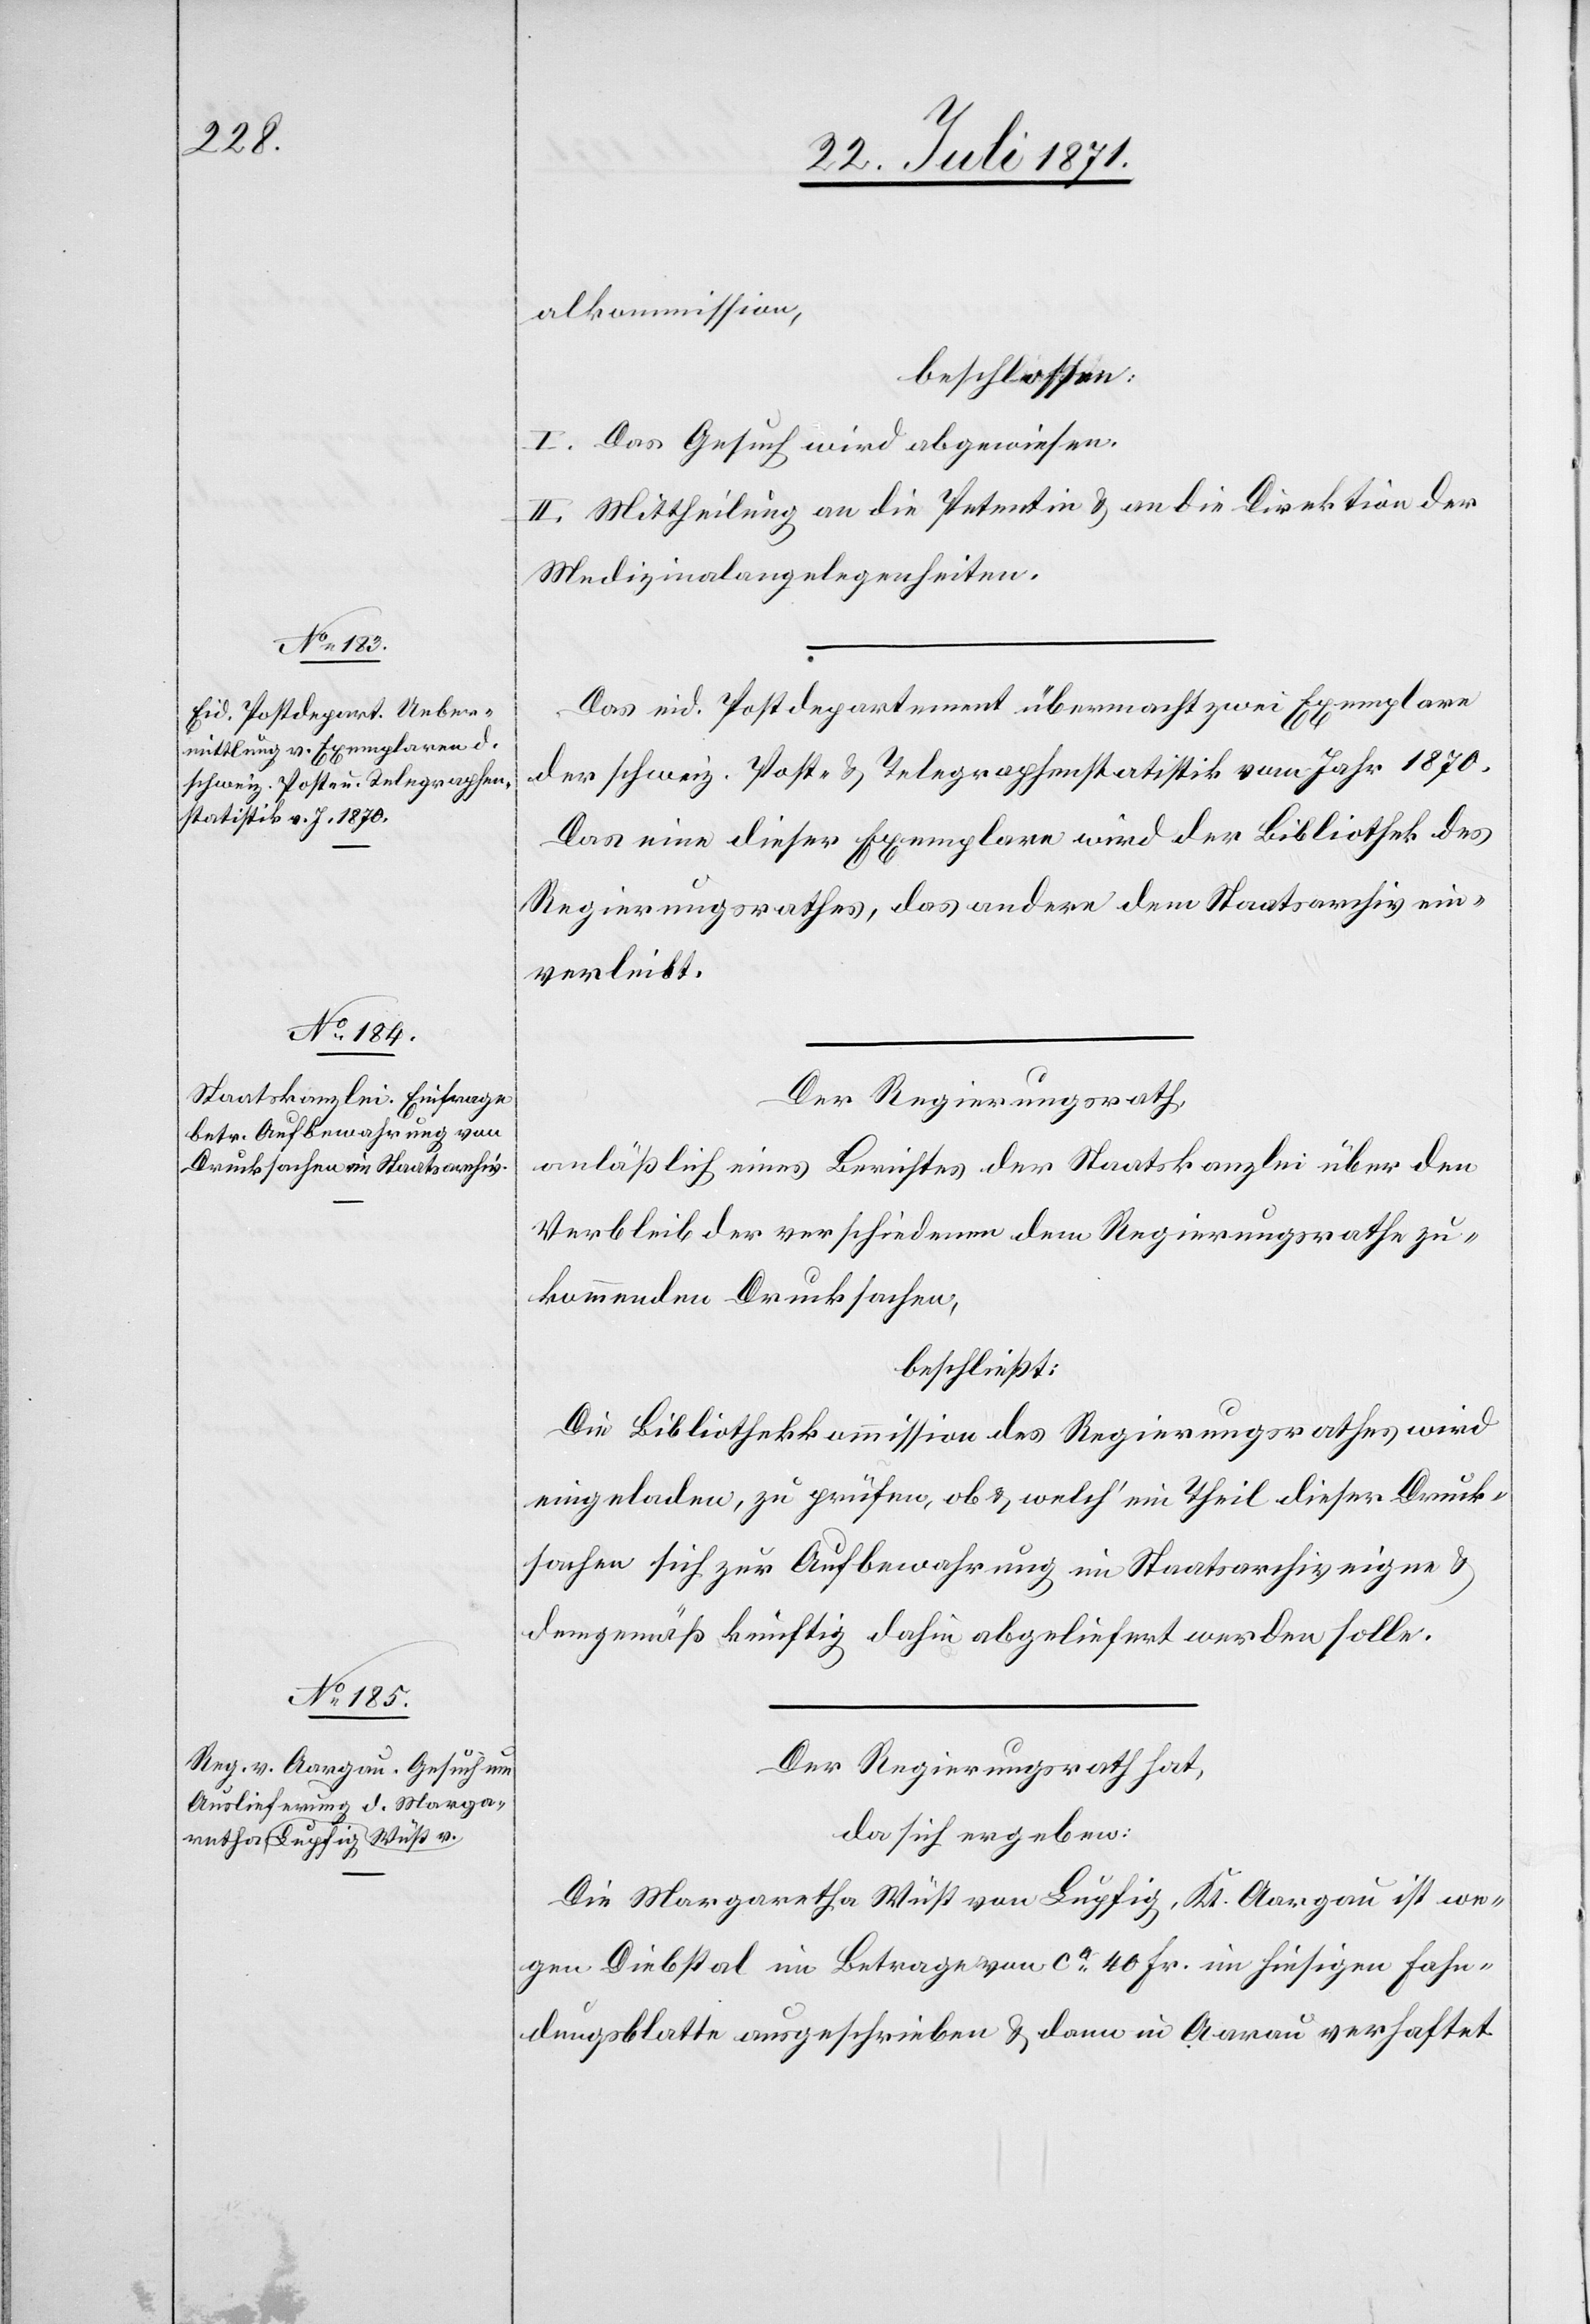
alkommission,
beschlossen:
I. Das Gesuch wird abgewiesen.
II. Mittheilung an die Petentin u. an die Direktion der
Medizinalangelegenheiten.
Das eid. Postdepartement übermacht zwei Exemplare
der schweiz. Post- u. Telegraphenstatistik vom Jahr 1870.
Das eine dieser Exemplare wird der Bibliothek des
Regierungsrathes, das andere dem Staatsarchiv ein¬
verleibt.
Der Regierungsrath,
anläßlich eines Berichtes der Staatskanzlei über den
Verbleib der verschiedenen dem Regierungsrathe zu¬
kommenden Drucksachen,
beschließt:
Die Bibliothekkommission des Regierungsrathes wird
eingeladen, zu prüfen, ob u. welch‘ ein Theil dieser Druck¬
sachen sich zur Aufbewahrung im Staatsarchiv eigne u.
demgemäß künftig dahin abgeliefert werden solle.
Der Regierungsrath hat,
da sich ergeben:
Die Margaretha Wüst von Lupfig, Kt. Aargau ist we¬
gen Diebstal im Betrag von ca. 40 Fr. im hiesigen Fahn¬
dungsblatte ausgeschrieben u. dann in Aarau verhaftet